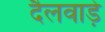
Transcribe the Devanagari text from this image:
दैलवाड़े